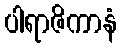
ပါရာဇိကာနံ